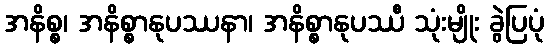
အနိစ္စ၊ အနိစ္စာနုပဿနာ၊ အနိစ္စာနုပဿီ သုံးမျိုး ခွဲပြပုံ